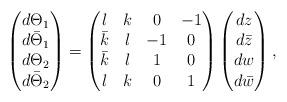
LaTeX: \begin{align*}\begin{pmatrix} d\Theta_1\\ d\bar\Theta_1\\ d\Theta_2\\ d\bar\Theta_2\end{pmatrix}=\begin{pmatrix} l & k & 0 &-1\\ \bar k & l & -1 & 0 \\ \bar k & l & 1 & 0 \\ l & k & 0 & 1\end{pmatrix}\begin{pmatrix} dz \\ d\bar z \\ dw \\ d\bar w \end{pmatrix},\end{align*}